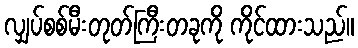
လျှပ်စစ်မီးတုတ်ကြီးတခုကို ကိုင်ထားသည်။